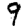
Digit: 9